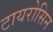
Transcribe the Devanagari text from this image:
टायरोसिन